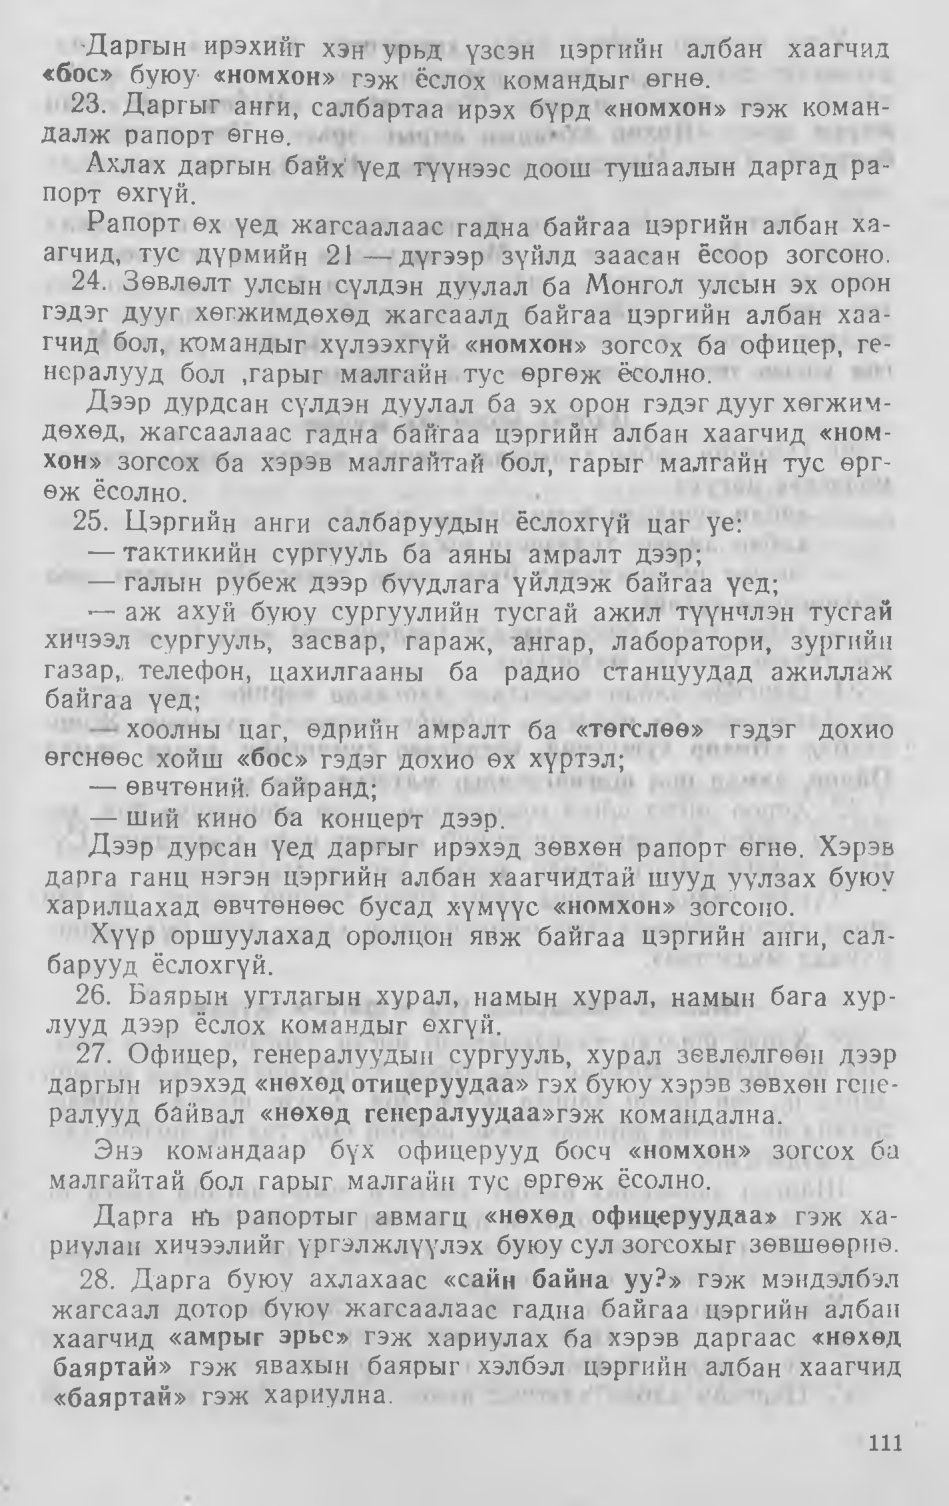
Language: mn